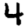
Digit: 4